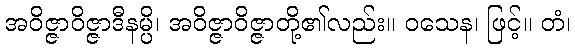
အဝိဇ္ဇာဝိဇ္ဇာဒီနမ္ပိ၊ အဝိဇ္ဇာဝိဇ္ဇာတို့၏လည်း။ ဝသေန၊ ဖြင့်။ တံ၊